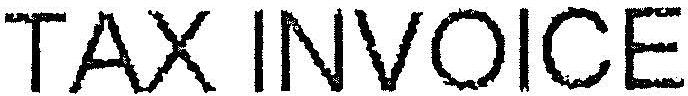
TAX INVOICE